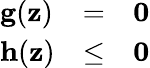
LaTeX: \begin{array}{lcl}{\mathbf{g}(\mathbf{z})}&{=}&{\mathbf{0}}\\ {\mathbf{h}(\mathbf{z})}&{\leq}&{\mathbf{0}}\end{array}